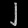
Digit: ၂